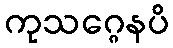
ကုသဂ္ဂေနပိ